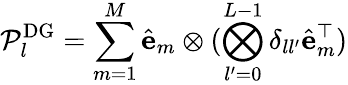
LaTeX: \mathcal{P}_{l}^{\mathrm{{DG}}}=\sum_{m=1}^{M}\hat{\mathbf{e}}_{m}\otimes(\bigotimes_{l^{\prime}=0}^{L-1}\delta_{ll^{\prime}}\hat{\mathbf{e}}_{m}^{\top})